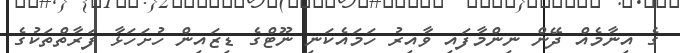
ގެ އިނާމެއް ދޭން ނިންމާފައި ވާއިރު ހަމައެކަނި ނޫޓްގެ ޑިޒައިން ހުށަހަޅާ ފަރާތްތަކުގެ